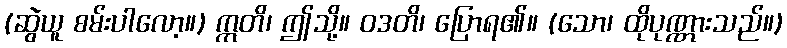
(ဆွဲယူ စမ်းပါလော့။) ဣတိ၊ ဤသို့။ ဝဒတိ၊ ပြောရ၏။ (သော၊ ထိုပုဏ္ဏားသည်။)